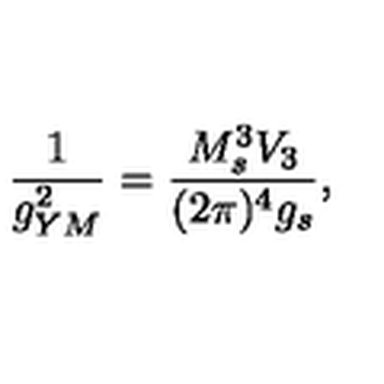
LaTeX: \frac { 1 } { g _ { Y M } ^ { 2 } } = \frac { M _ { s } ^ { 3 } V _ { 3 } } { ( 2 \pi ) ^ { 4 } g _ { s } } ,